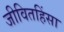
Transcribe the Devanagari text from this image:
जीवितहिंसा